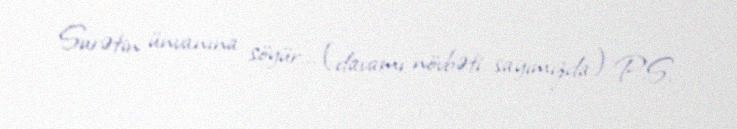
Surətin ünvanına söyür... (davamı növbəti sayımızda) P.S.